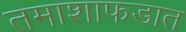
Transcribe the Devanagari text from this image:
तमाशाफडात